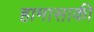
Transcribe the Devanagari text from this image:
हामासाकी